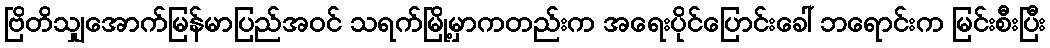
ဗြိတိသျှအောက်မြန်မာပြည်အဝင် သရက်မြို့မှာကတည်းက အရေးပိုင်ပြောင်းခေါ် ဘရောင်းက မြင်းစီးပြီး